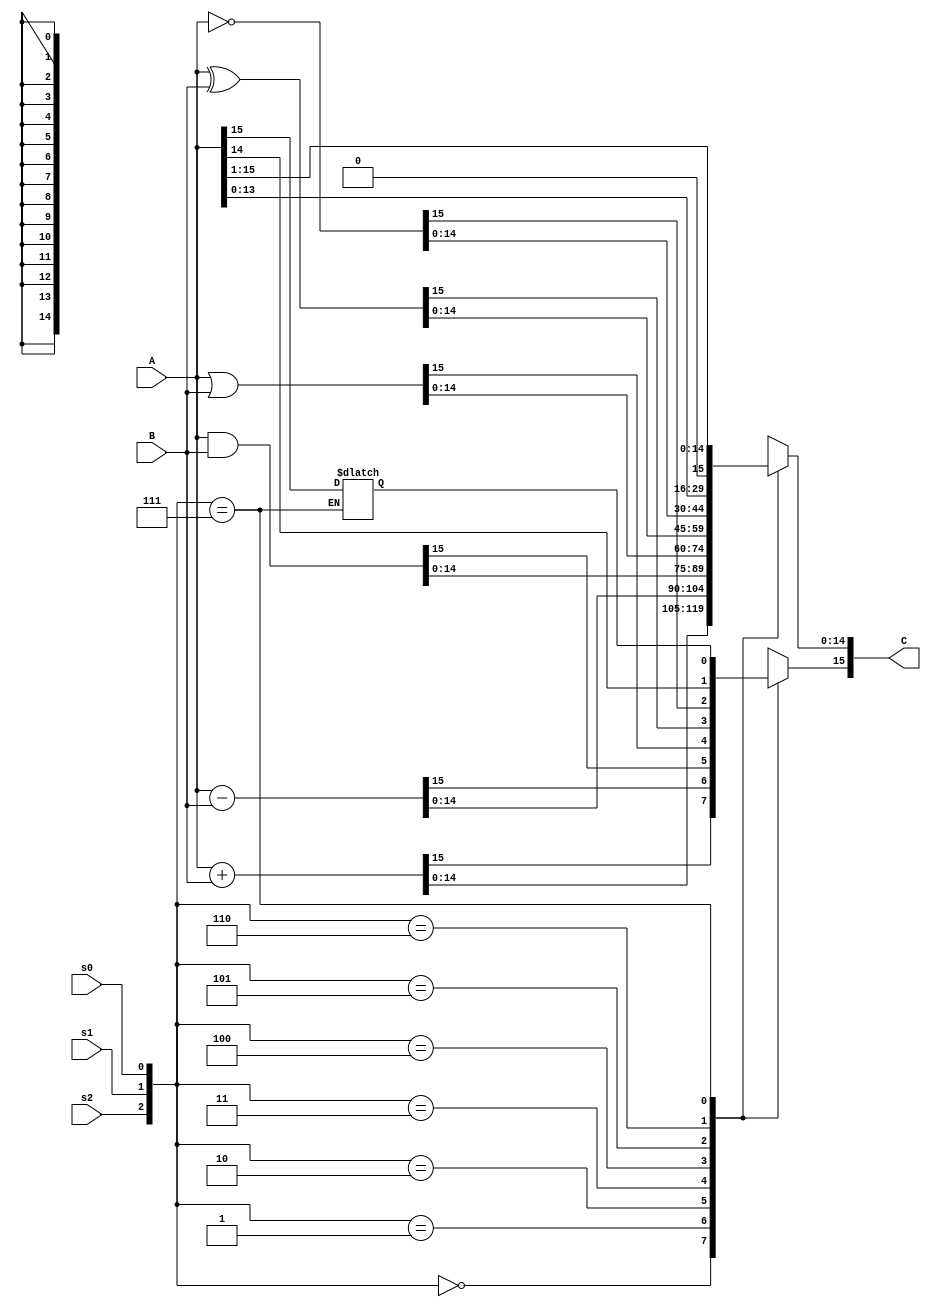
`timescale 1ns / 1ps

module ALU(
    input s2,
    input s1,
    input s0,
    input [15:0] A,
    input [15:0] B,
    output reg [15:0] C);
    
    reg A_MSB;
    
    always @(*) begin
        case({s2, s1, s0})
            3'b000: C <= A + B;
            3'b001: C <= A - B;
            3'b010: C <= A & B;
            3'b011: C <= A | B;
            3'b100: C <= A ^ B;
            3'b101: C <= ~A;
            3'b110: C <= A << 1;
            3'b111: begin
                A_MSB <= A[15];
                C <= A >> 1;
                C[15] <= A_MSB;
            end
        endcase
    end
endmodule